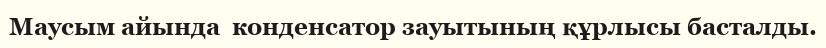
Маусым айында  конденсатор зауытының құрлысы басталды.